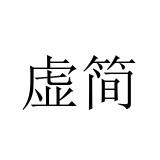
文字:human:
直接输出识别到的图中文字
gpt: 虚简